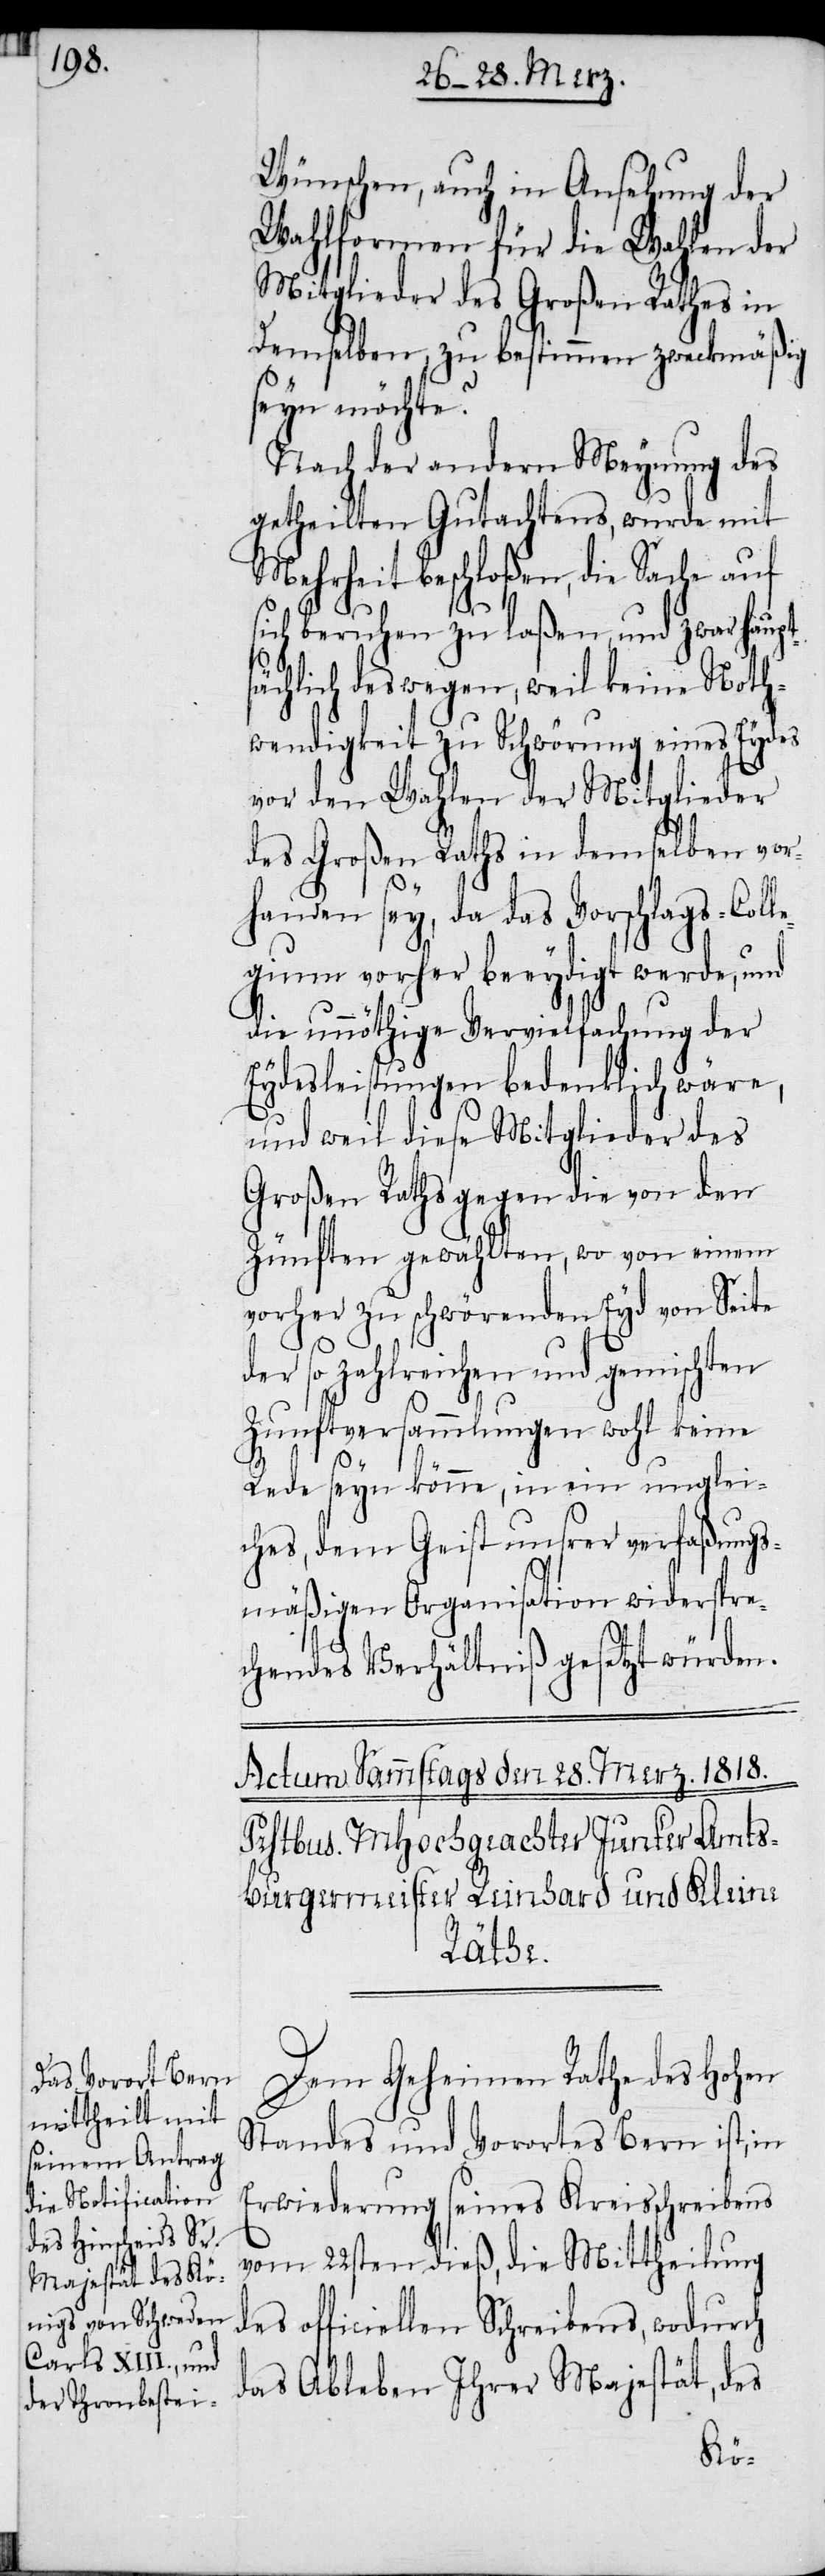
Wünschen, auch in Ansehung der
Wahlformen für die Wahlen der
Mitglieder des Großen Rathes in
Demselben, zu bestimmen zweckmäßig
seyn möchte?
Nach der andern Meynung des
getheilten Gutachtens, wurde mit
Mehrheit beschloßen, die Sache auf
sich beruhen zu laßen, und zwar haupt¬
sächlich deswegen, weil keine Noth¬
wendigkeit zu Schwörung eines Eydes
vor den Wahlen der Mitglieder
des Großen Raths in demselben vor¬
handen sey, da das Vorschlags-Coll¬
egium vorher beeydigt werde, und
die unnöthige Vervielfachung der
Eydesleistungen bedenklich wäre,
und weil diese Mitglieder des
Großen Raths gegen die von den
Zünften gewählten, wo von einem
vorher zu schwörenden Eyd von Seite
der so zahlreichen und gemischten
Zunftversammlungen wohl keine
Rede seyn könne, in ein unglei¬
ches, dem Geist unsrer verfaßungs¬
mäßigen Organisation widerspre¬
chendes Verhältniß gesetzt würden.
Dem Geheimen Rathe des Hohen
Standes und Vorortes Bern ist, in
Erwiederung seines Kreisschreibens
vom 22sten dieß, die Mittheilung
des officiellen Schreibens, wodurch
das Ableben Ihrer Majestät, des